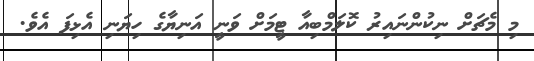
މި މެޗަށް ނިކުންނައިރު ކޮލަމްބިއާ ޓީމަށް ވަނީ އަނިޔާގެ ހިޔަނި އެޅިފަ އެވެ.